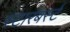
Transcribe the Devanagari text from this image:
स्टारबर्स्ट